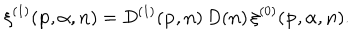
{ \xi } ^ { ( 1 ) } ( { \bf p } , { \alpha } , { \bf n } ) = D ^ { ( 1 ) } ( { \bf p } , { \bf n } ) \, D ( { \bf n } ) \, { \xi } ^ { ( 0 ) } ( { \bf p } , { \alpha } , { \bf n } ) .